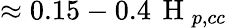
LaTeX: \approx 0.15-0.4\, \mathrm{~H~}_{p,cc}